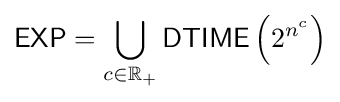
{\textsf {EXP}}=\bigcup _{c\in \mathbb {R_{+}} }{\textsf {DTIME}}\left(2^{n^{c}}\right)